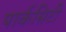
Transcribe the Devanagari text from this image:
पार्कसिटी